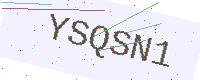
Text: YSQSN1